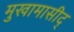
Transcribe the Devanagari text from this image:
मुखामासीद्